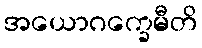
အယောဂက္ခေမီတိ